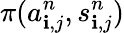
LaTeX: \pi(a_{\mathbf{i},j}^{n},s_{\mathbf{i},j}^{n})